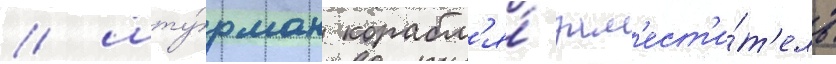
/ шту́рман корабл'я́ зам'ест'и́т'ель